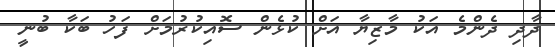
ދާދި ދެންމެ އަކު މާޒިޔާ އަށް ކުޅެން ސޮއިކުރުމަށް ފަހު ބަކާ ބުނީ